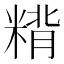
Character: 𰫂